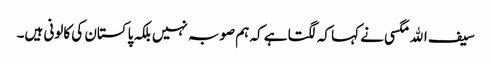
سیف اﷲ مگسی نے کہا کہ لگتا ہے کہ ہم صوبہ نہیں بلکہ پاکستان کی کالونی ہیں۔